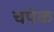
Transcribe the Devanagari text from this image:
चपंक